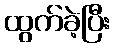
ထွက်ခဲ့ပြီး